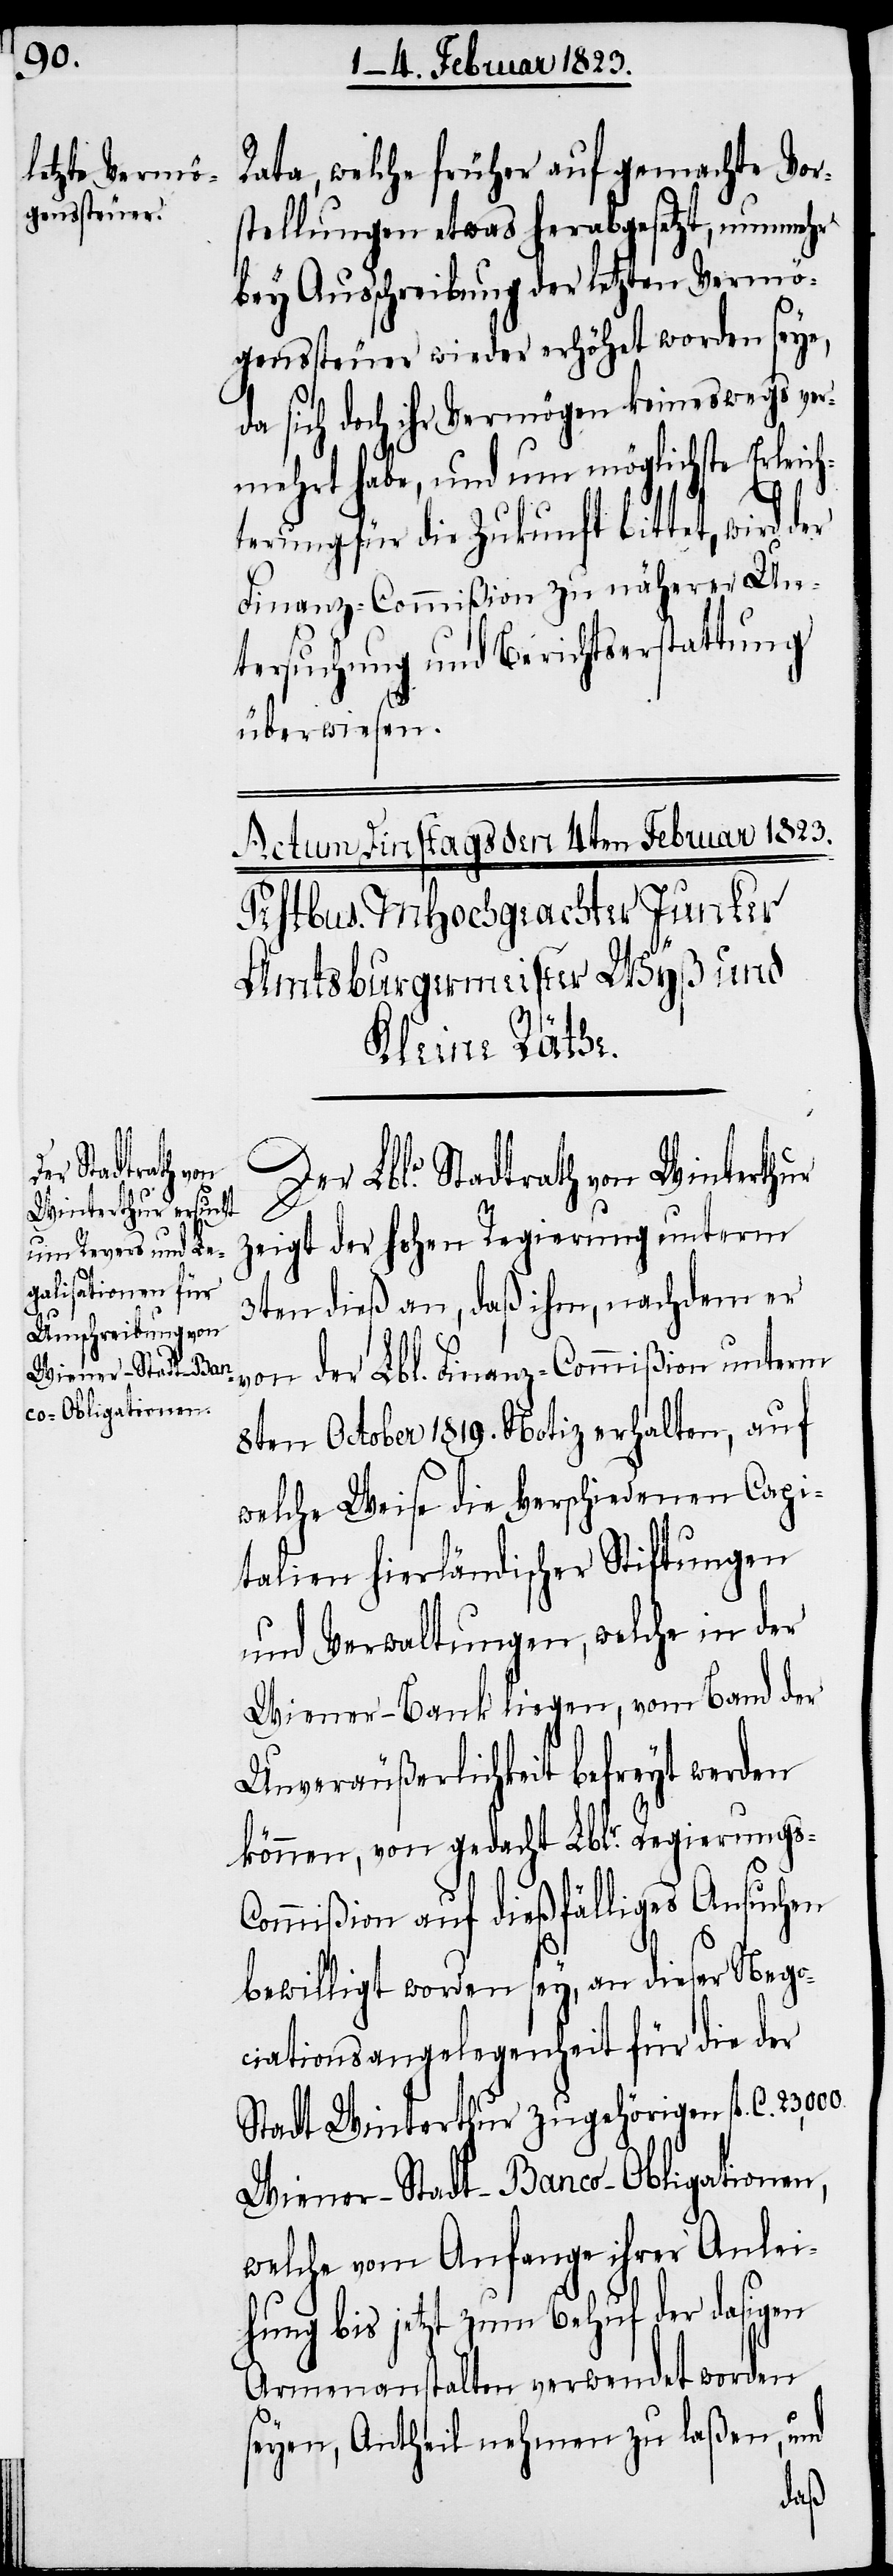
23,000.
der
Wiener-Stadt-Ban¬
co-Obligationen,

Rata, welche früher auf gemachte Vor¬
stellungen etwas herabgesetzt, nunmehr
bey Ausschreibung der letzten Vermö¬
genssteuer wieder erhöhet worden seye,
da sich doch ihr Vermögen keineswegs ver¬
mehrt habe, und um möglichste Erleich¬
terung für die Zukunft bittet, wird
Finanz-Commißion zu näherer Un¬
tersuchung und Berichtserstattung
überwiesen.
Der Lble. Stadtrath von Winterthur
zeigt der hohen Regierung unterm
3ten dieß an, daß ihm, nachdem er
von der Lbl. Finanz-Commißion unterm
8ten October 1819. Notiz erhalten, auf
welche Weise die verschiedenen Capi¬
talien hierländischer Stiftungen
und Verwaltungen, welche in der
Wiener-Bank liegen, vom Band der
Unveräußerlichkeit befreyt werden
können, von gedacht Lblr. Regierungs-C¬
ommißion auf dießfälliges Ansuchen
bewilligt worden sey, an dieser Nego¬
ciationsangelegenheit für die der
Stadt Winterthur zugehörigen fl. C.
welche vom Anfange ihrer Anlei¬
hung bis jetzt zum Behuf der dasigen
Armenanstalten verwendet worden
seyen, Antheil nehmen zu laßen, und